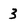
Character: 3